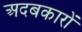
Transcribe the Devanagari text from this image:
अदबकारों